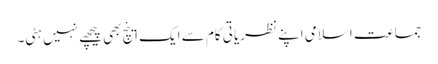
جماعت اسلامی اپنے نظریاتی کام سے ایک اینچ بھی پیچھے نہیں ہٹی۔